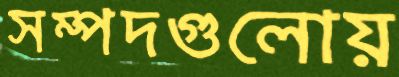
সম্পদগুলোয়